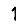
Digit: 1